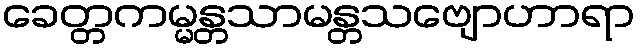
ခေတ္တကမ္မန္တသာမန္တသဗျောဟာရာ